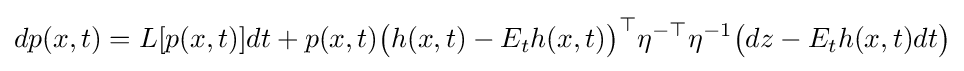
dp(x,t)=L[p(x,t)]dt+p(x,t){\big (}h(x,t)-E_{t}h(x,t){\big )}^{\top }\eta ^{-\top }\eta ^{-1}{\big (}dz-E_{t}h(x,t)dt{\big )}